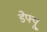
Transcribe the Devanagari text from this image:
डेफ्यू